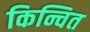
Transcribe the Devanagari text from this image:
किन्चित